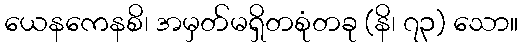
ယေနကေနစိ၊ အမှတ်မရှိတစုံတခု (နိ၊ ၇၃) သော။